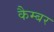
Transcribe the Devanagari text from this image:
कैम्बर